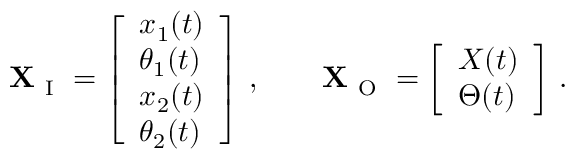
\mathbf { X } _ { \mathrm { ~ I ~ } } = \left[ \begin{array} { l } { x _ { 1 } ( t ) } \\ { \theta _ { 1 } ( t ) } \\ { x _ { 2 } ( t ) } \\ { \theta _ { 2 } ( t ) } \end{array} \right] \, , \qquad \mathbf { X } _ { \mathrm { ~ O ~ } } = \left[ \begin{array} { l } { X ( t ) } \\ { \Theta ( t ) } \end{array} \right] \, .